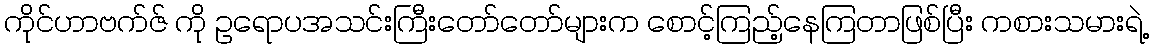
ကိုင်ဟာဗက်ဇ် ကို ဥရောပအသင်းကြီးတော်တော်များက စောင့်ကြည့်နေကြတာဖြစ်ပြီး ကစားသမားရဲ့